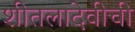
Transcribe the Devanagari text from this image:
शीतलादेवीची